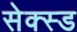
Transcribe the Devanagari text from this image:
सेक्स्ड